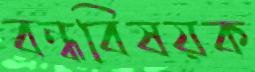
বন্ধবিষয়ক